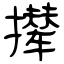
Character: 撵